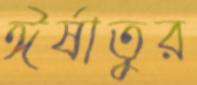
ঈর্ষাতুর